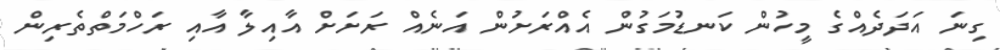
ގިނަ އަދަދެއްގެ މީހުން ކަނޑުމަގުން އެއްރަށުން އަނެއް ރަށަށް އާއިލާ އާއި ރަހްމަތްތެރިން